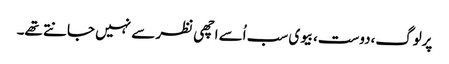
پرلوگ،دوست،بیوی سب اُسے اچھی نظر سے نہیں جانتے تھے۔